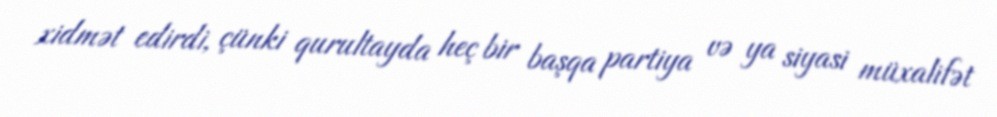
xidmət edirdi, çünki qurultayda heç bir başqa partiya və ya siyasi müxalifət